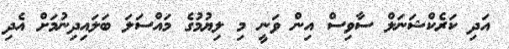
އަދި ކަރެކްޝަނަލް ސާވިސް އިން ވަނީ މި ލިޔުމުގެ މައްސަލަ ބަލައިދިނުމަށް އެދި